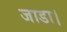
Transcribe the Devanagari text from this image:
जाडा।